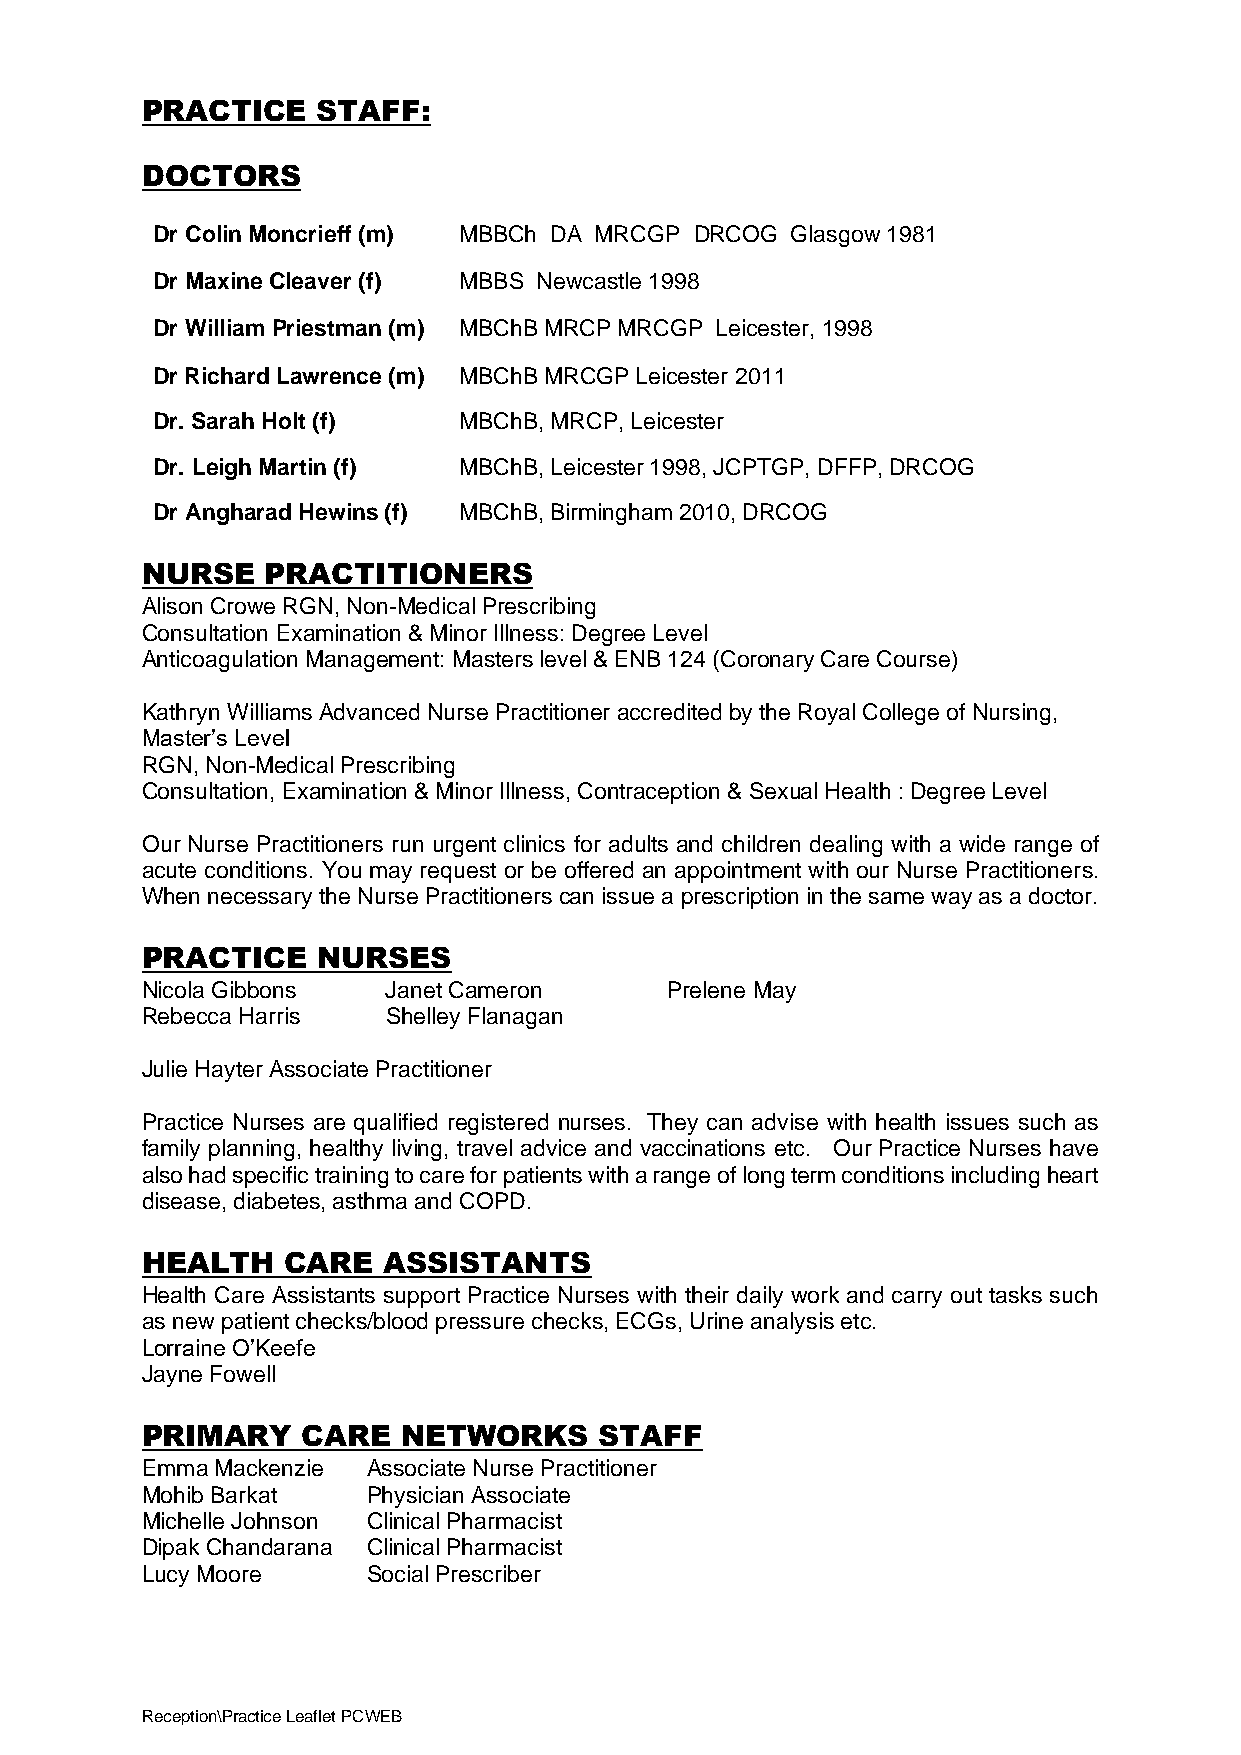
PRACTICE    STAFF:
 DOCTORS
 Dr Colin Moncrieff (m) MBBCh DA MRCGP DRCOG Glasgow 1981
 Dr Maxine Cleaver (f) MBBS Newcastle 1998
 Dr William Priestman (m) MBChB MRCP MRCGP Leicester, 1998
 Dr Richard Lawrence (m) MBChB MRCGP Leicester 2011
 Dr. Sarah Holt (f)  MBChB, MRCP, Leicester
 Dr. Leigh Martin (f) MBChB, Leicester 1998, JCPTGP, DFFP, DRCOG
 Dr Angharad Hewins (f) MBChB, Birmingham 2010, DRCOG
 NURSE    PRACTITIONERS
 Alison Crowe RGN, Non-Medical Prescribing
 Consultation Examination & Minor Illness: Degree Level
 Anticoagulation Management: Masters level & ENB 124 (Coronary Care Course)
 Kathryn Williams Advanced Nurse Practitioner accredited by the Royal College of Nursing,
 Master’s Level
 RGN, Non-Medical Prescribing
 Consultation, Examination & Minor Illness, Contraception & Sexual Health : Degree Level
 Our Nurse Practitioners run urgent clinics for adults and children dealing with a wide range of
 acute conditions. You may request or be offered an appointment with our Nurse Practitioners.
 When necessary the Nurse Practitioners can issue a prescription in the same way as a doctor.
 PRACTICE    NURSES
 Nicola Gibbons   Janet Cameron     Prelene May
 Rebecca Harris   Shelley Flanagan
 Julie Hayter Associate Practitioner
 Practice Nurses are qualified registered nurses. They can advise with health issues such as
 family planning, healthy living, travel advice and vaccinations etc. Our Practice Nurses have
 also had specific training to care for patients with a range of long term conditions including heart
 disease, diabetes, asthma and COPD.
 HEALTH    CARE  ASSISTANTS
 Health Care Assistants support Practice Nurses with their daily work and carry out tasks such
 as new patient checks/blood pressure checks, ECGs, Urine analysis etc.
 Lorraine O’Keefe
 Jayne Fowell
 PRIMARY    CARE   NETWORKS     STAFF
 Emma Mackenzie Associate Nurse Practitioner
 Mohib Barkat   Physician Associate
 Michelle Johnson Clinical Pharmacist
 Dipak Chandarana Clinical Pharmacist
 Lucy Moore     Social Prescriber
 Reception\Practice Leaflet PCWEB